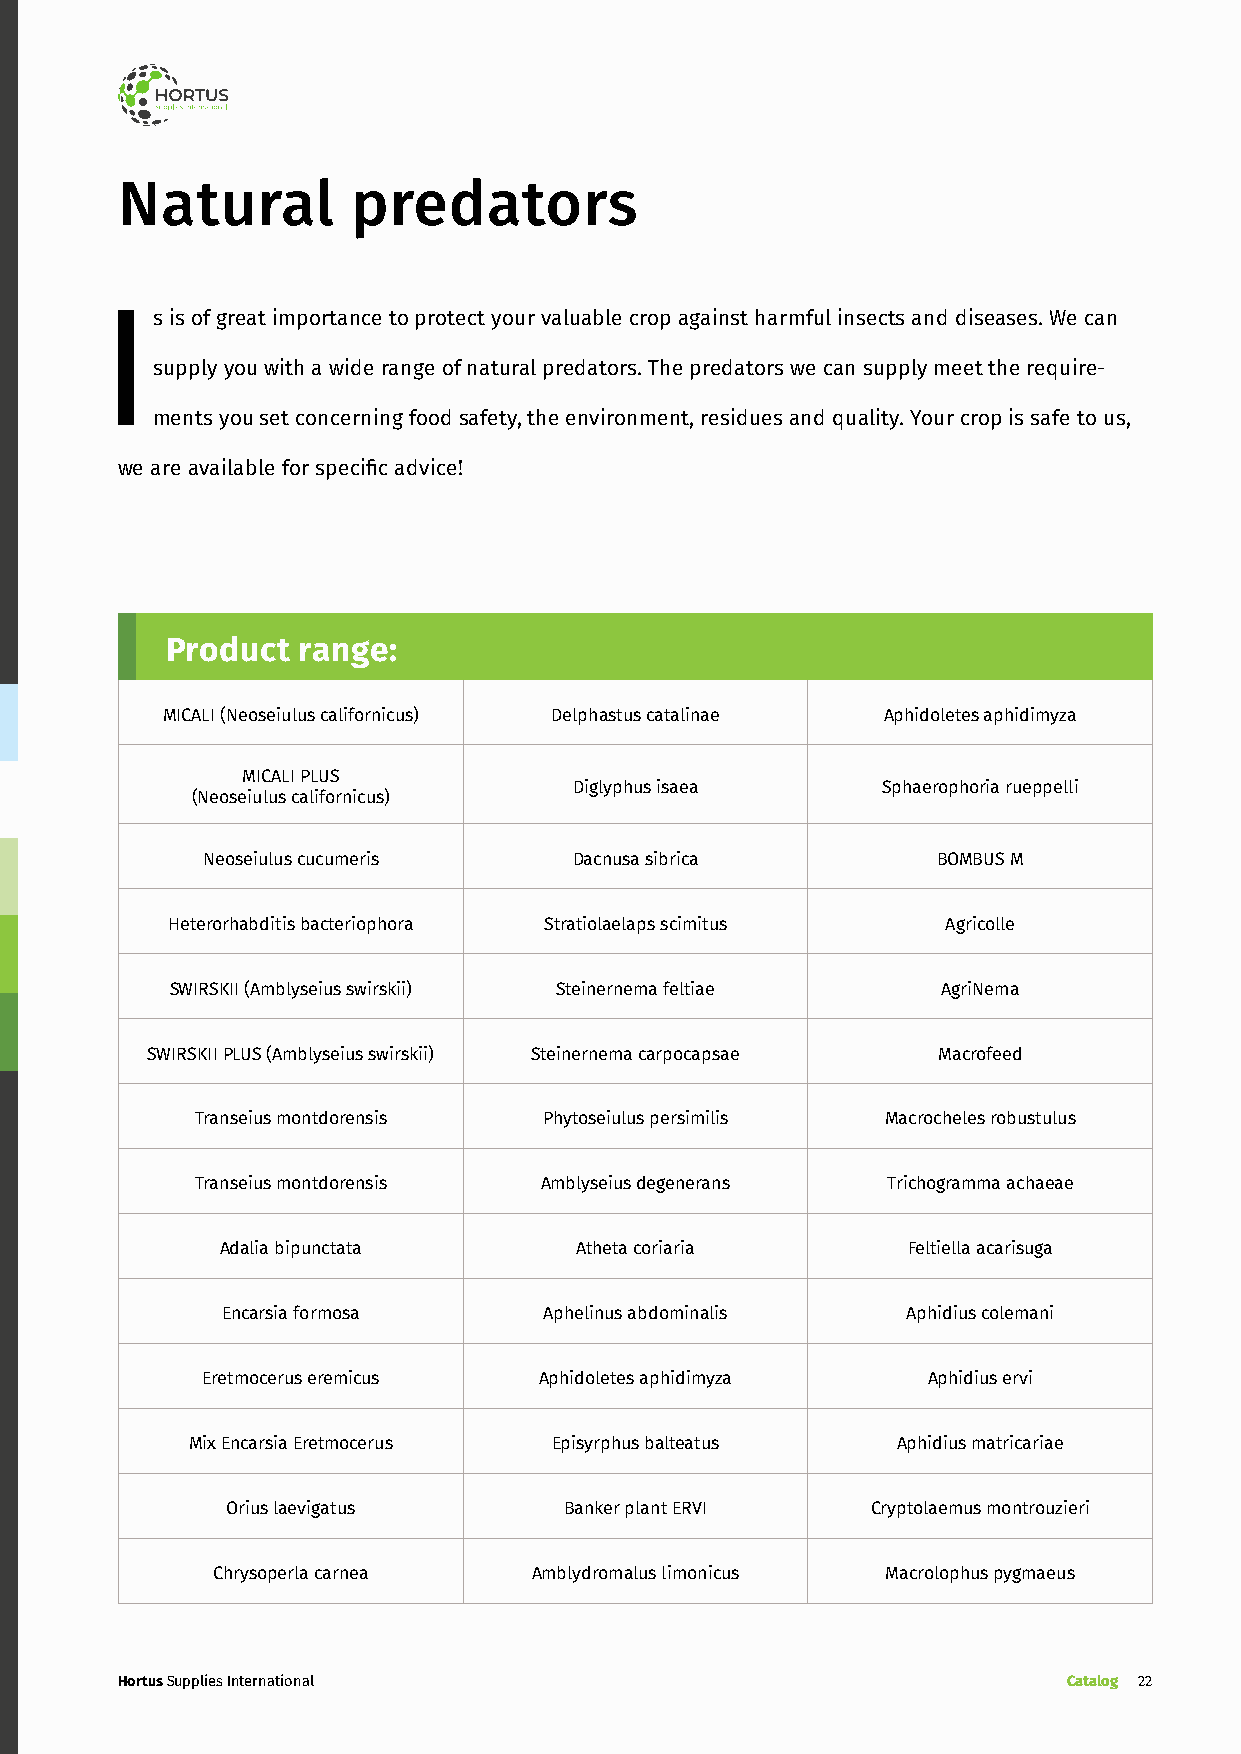
Natural        predators
 Is  is of great importance to protect your valuable crop against harmful insects and diseases. We can
 supply you with a wide range of natural predators. The predators we can supply meet the require-
 ments you set concerning food safety, the environment, residues and quality. Your crop is safe to us,
 we are available for specific advice!
 Product  range:
 MICALI (Neoseiulus californicus) Delphastus catalinae Aphidoletes aphidimyza
 MICALI PLUS
 Diglyphus isaea     Sphaerophoria rueppelli
 (Neoseiulus californicus)
 Neoseiulus cucumeris     Dacnusa sibrica         BOMBUS M
 Heterorhabditis bacteriophora Stratiolaelaps scimitus Agricolle
 SWIRSKII (Amblyseius swirskii) Steinernema feltiae AgriNema
 SWIRSKII PLUS (Amblyseius swirskii) Steinernema carpocapsae Macrofeed
 Transeius montdorensis Phytoseiulus persimilis Macrocheles robustulus
 Transeius montdorensis Amblyseius degenerans  Trichogramma achaeae
 Adalia bipunctata      Atheta coriaria       Feltiella acarisuga
 Encarsia formosa     Aphelinus abdominalis   Aphidius colemani
 Eretmocerus eremicus   Aphidoletes aphidimyza   Aphidius ervi
 Mix Encarsia Eretmocerus Episyrphus balteatus  Aphidius matricariae
 Orius laevigatus      Banker plant ERVI    Cryptolaemus montrouzieri
 Chrysoperla carnea   Amblydromalus limonicus Macrolophus pygmaeus
 Hortus Supplies International                                  Catalog 22